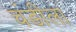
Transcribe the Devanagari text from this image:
चंडीला